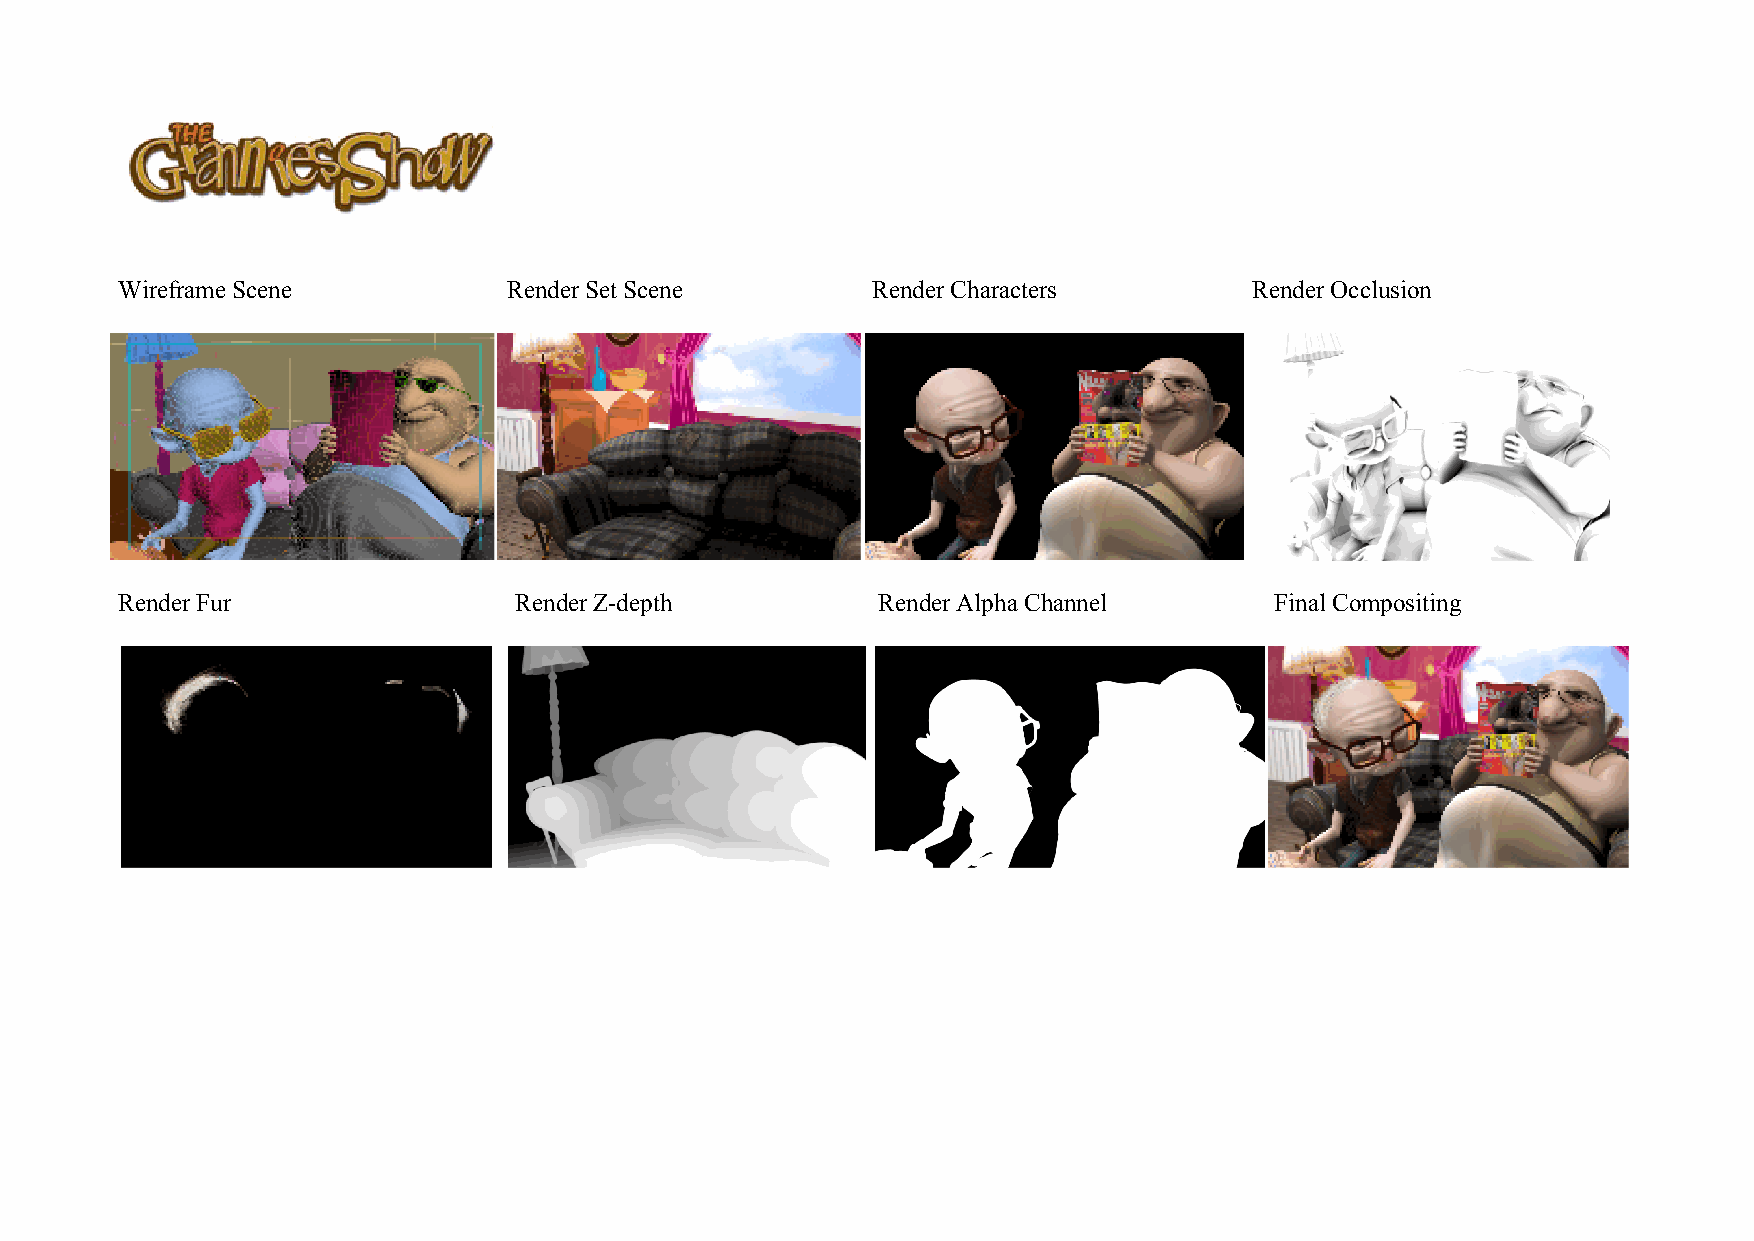
Wireframe Scene           Render Set Scene        Render Characters        Render Occlusion
 Render Fur                Render Z-depth          Render Alpha Channel      Final Compositing